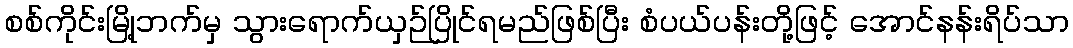
စစ်ကိုင်းမြို့ဘက်မှ သွားရောက်ယှဉ်ပြိုင်ရမည်ဖြစ်ပြီး စံပယ်ပန်းတို့ဖြင့် အောင်နန်းရိပ်သာ